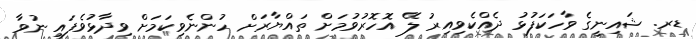
ޑރ. ޝައިނީގެ ވާހަކަފުޅު ދެއްކެވިއިރު ލޭ އޮހޮރުވުމަށް ތައްޔާރަށް ހުންނެވިކަމަށް ވިދާޅުވެފައި ނުވާ